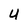
Character: U